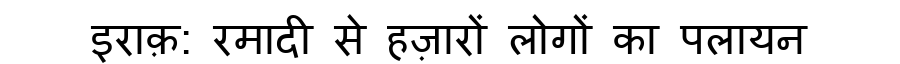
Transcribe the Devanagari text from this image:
इराक़: रमादी से हज़ारों लोगों का पलायन